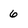
Character: 6